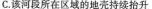
C.该河段所在区域的地壳持续抬升